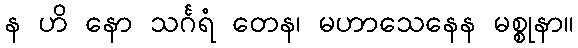
န ဟိ နော သင်္ဂရံ တေန၊ မဟာသေနေန မစ္စုနာ။